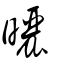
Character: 晒